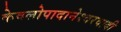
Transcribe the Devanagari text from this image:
केवलोपादानेश्वरवादी